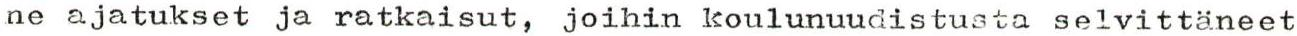
ne ajatukset ja ratkaisut, joihin koulunuudistusta selvittäneet